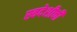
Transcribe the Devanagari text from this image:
स्वदेशीची